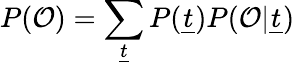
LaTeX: P(\mathcal{O})=\sum_{\underline{{t}}}P(\underline{{t}})P(\mathcal{O}|\underline{{t}})